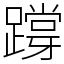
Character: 𨅝